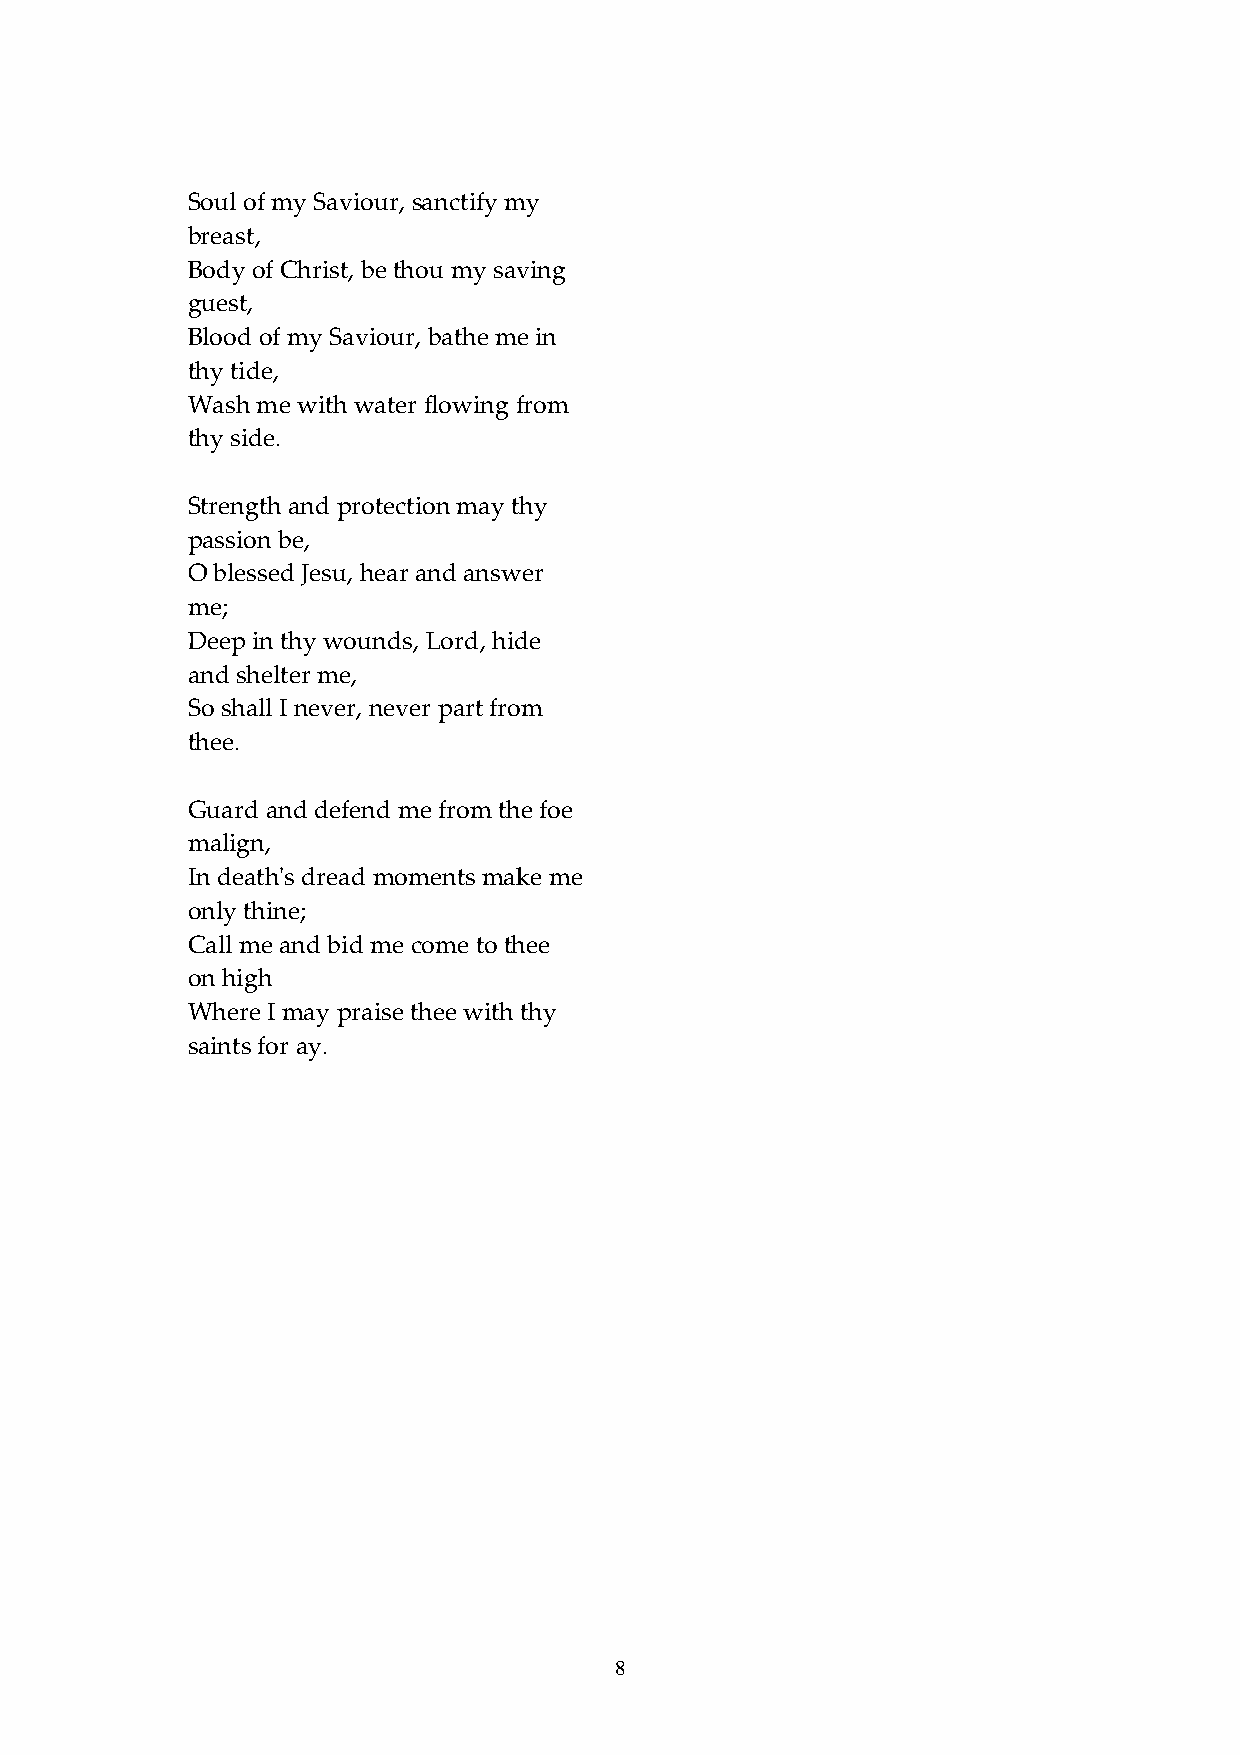
Soul of my Saviour, sanctify my
 breast,
 Body of Christ, be thou my saving
 guest,
 Blood of my Saviour, bathe me in
 thy tide,
 Wash me with water flowing from
 thy side.
 Strength and protection may thy
 passion be,
 O blessed Jesu, hear and answer
 me;
 Deep in thy wounds, Lord, hide
 and shelter me,
 So shall I never, never part from
 thee.
 Guard and defend me from the foe
 malign,
 In deathʹs dread moments make me
 only thine;
 Call me and bid me come to thee
 on high
 Where I may praise thee with thy
 saints for ay.
 8